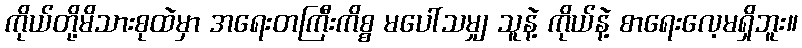
ကိုယ်တို့မိသားစုထဲမှာ အရေးတကြီးကိစ္စ မပေါ်သမျှ သူနဲ့ ကိုယ်နဲ့ စာရေးလေ့မရှိဘူး။